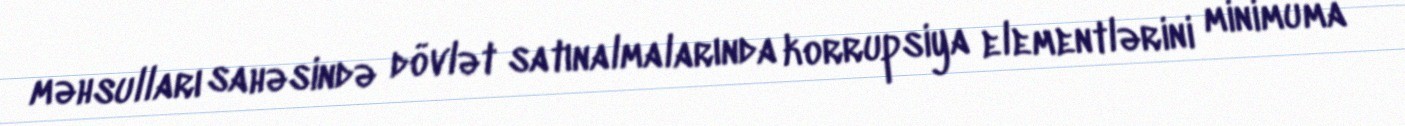
məhsulları sahəsində dövlət satınalmalarında korrupsiya elementlərini minimuma